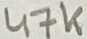
Text: 47K